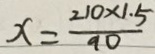
x = \frac { 2 1 0 \times 1 . 5 } { 9 0 }